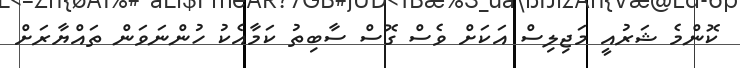
ކޮންމެ ޝަރުއީ މަޖިލިސް އަކަށް ވެސް ގޮސް ސާބިތު ކަމާއެކު ހުންނަވަން ތައްޔާރަށް